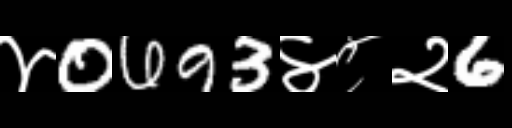
Text: ४0693४८२6